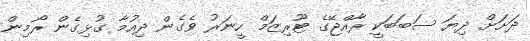
ދަށަށް ދިޔަ ސަބަބަކީ ރާއްޖޭގެ ޓޫރިޒަމް ހީނަރު ވެގެން ދިއުމާ ގުޅިގެން ރޯމިން